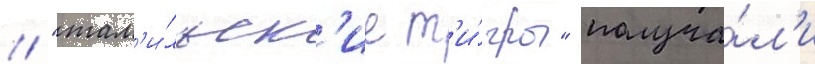
// "там'и́льск'ие т'и́гры" получа́л'и